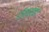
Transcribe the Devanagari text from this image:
डॉक्साइट